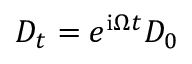
D _ { t } = e ^ { \mathrm { i } \Omega t } D _ { 0 }